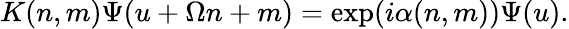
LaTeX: K(n,m)\Psi(u+\Omega n+m)=\exp(i\alpha(n,m))\Psi(u).